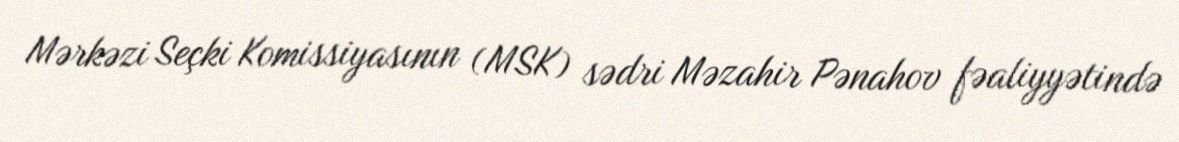
Mərkəzi Seçki Komissiyasının (MSK) sədri Məzahir Pənahov fəaliyyətində